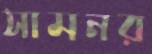
সামনর